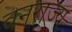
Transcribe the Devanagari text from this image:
वनराज्य